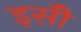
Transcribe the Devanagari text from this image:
इसॅी